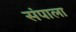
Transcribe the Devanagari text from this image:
संपाला